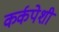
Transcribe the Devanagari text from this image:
कर्कपेशी